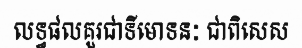
លទ្ធផលគួរជាទីមោទនៈ ជាពិសេស